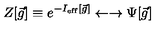
Z [ { \vec { g } } ] \equiv e ^ { - I _ { \mathrm { e f f } } [ { \vec { g } } ] } \leftarrow \rightarrow \Psi [ { \vec { g } } ]